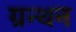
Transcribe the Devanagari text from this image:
ग्रन्थन